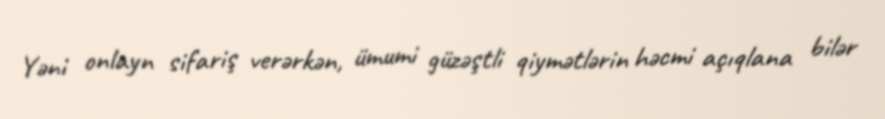
Yəni onlayn sifariş verərkən, ümumi güzəştli qiymətlərin həcmi açıqlana bilər